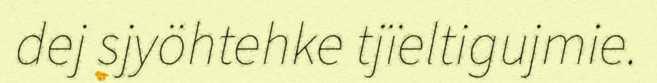
dej sjyöhtehke tjïeltigujmie.